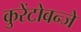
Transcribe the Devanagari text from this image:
कुरेंटोवन्जे